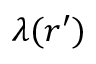
\lambda ( { \boldsymbol { r } } ^ { \prime } )